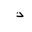
Letter: _thal